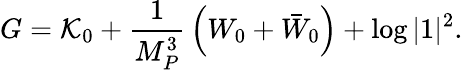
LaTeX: G=\mathcal{K}_{0}+{\frac{{1}}{{M_{P}^{3}}}}\left(W_{0}+\bar{{W}}_{0}\right)+\log|1|^{2}.